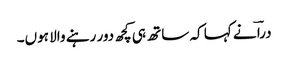
دراؔ نے کہا کہ ساتھ ہی کچھ دور رہنے والا ہوں۔